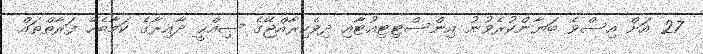
27 އަށް އިސްވެ ބަޔާންކުރެވުނު އިންސްޓިޓިއުޓާއި ދިވެހިރާއްޖޭގެ ޞިއްޙީ ދާއިރާގެ ކަމާބެހޭ ފަރާތްތައް